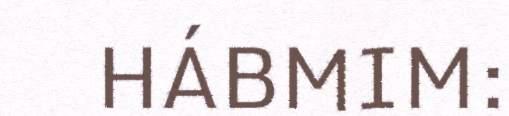
HÁBMIM: